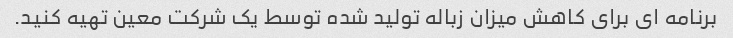
برنامه ای برای کاهش میزان زباله تولید شده توسط یک شرکت معین تهیه کنید.